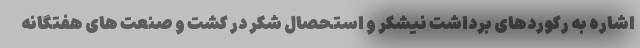
اشاره به رکوردهای برداشت نیشکر و استحصال شکر در کشت و صنعت های هفتگانه